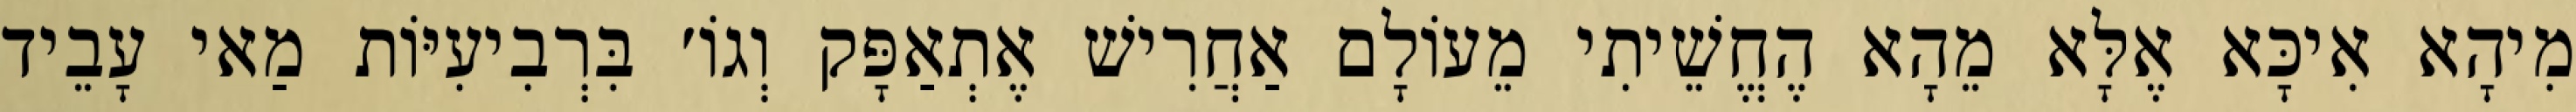
מִיהָא אִיכָּא אֶלָּא מֵהָא הֶחֱשֵׁיתִי מֵעוֹלָם אַחֲרִישׁ אֶתְאַפָּק וְגוֹ׳ בִּרְבִיעִיּוֹת מַאי עָבֵיד